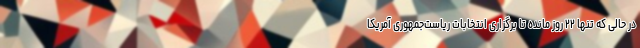
در حالی که تنها ۲۲ روز مانده تا برگزاری انتخابات ریاست‌جمهوری آمریکا